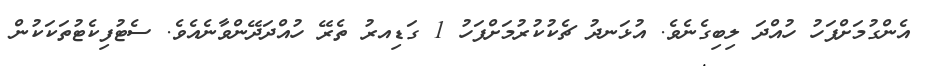
އެންގުމަށްފަހު ހުއްދަ ލިބިގެނެވެ. އުޅަނދު ޗެކުކުރުމަށްފަހު 1 ގަޑިއރު ތެރޭ ހުއްދަދޭންވާނެއެވެ. ސެޓުފިކެޓުތަކަކުން